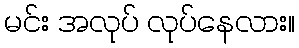
မင်း အလုပ် လုပ်နေလား။